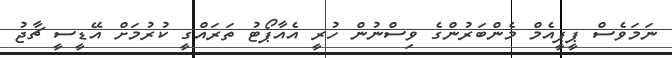
ނަމަވެސް ޕީޕީއެމް މެންބަރުންގެ ވިސްނުން ހުރީ އެއާޕޯޓު ތަރައްގީ ކުރުމަށް އޭޑީސީ ޗާޖު